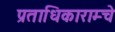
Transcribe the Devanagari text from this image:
प्रताधिकाराम्चे